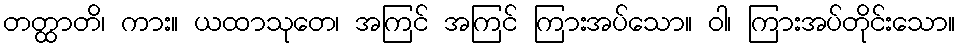
တတ္ထာတိ၊ ကား။ ယထာသုတေ၊ အကြင် အကြင် ကြားအပ်သော။ ဝါ၊ ကြားအပ်တိုင်းသော။